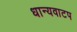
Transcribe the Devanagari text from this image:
धान्यवाटप